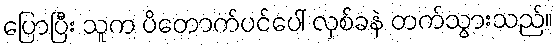
ပြောပြီး သူက ပိတောက်ပင်ပေါ် လှစ်ခနဲ တက်သွားသည်။